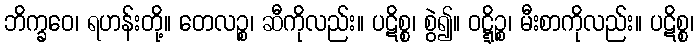
ဘိက္ခဝေ၊ ရဟန်းတို့။ တေလဉ္စ၊ ဆီကိုလည်း။ ပဋိစ္စ၊ စွဲ၍။ ဝဋ္ဋိဉ္စ၊ မီးစာကိုလည်း။ ပဋိစ္စ၊